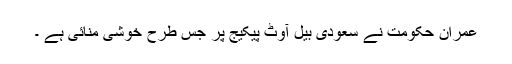
عمران حکومت نے سعودی بیل آوٹ پیکیج پر جس طرح خوشی منائی ہے ۔